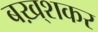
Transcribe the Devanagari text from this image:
बख़्शकर